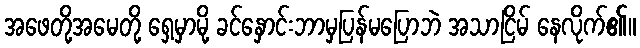
အဖေတို့အမေတို့ ရှေ့မှာမို့ ခင်နှောင်းဘာမှပြန်မပြောဘဲ အသာငြိမ် နေလိုက်၏။